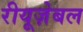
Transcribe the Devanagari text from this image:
रीयूज़ेबल